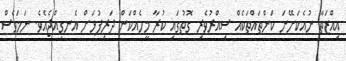
އިއްޒަތާ ނުއެކަށޭނަ ކަންތައްތަކެއް ސިއްރުވެރި ގޮތުގައި ކުރާ މީހެއްކަން ދަރިފުޅަށް އެނގިއްޖެއެވެ. ނަމަވެސް